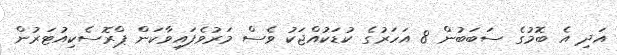
އަދި އެ ބޮމުގެ ސަބަބުން 8 އަހަރުގެ ކުޑަކުއްޖަކު ވެސް މަރުވެފައިވާކަން ޕްރޮސެކިއުޓަރުން